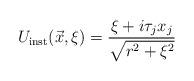
\begin{align*}U_{\rm inst}(\vec{x},\xi)=\frac{\xi + i \tau_{j}x_{j}}{\sqrt{r^2+\xi^2}}\end{align*}